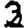
Digit: 2